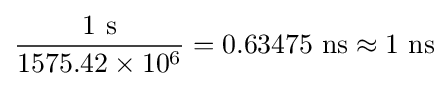
{\frac {1~{\text{s}}}{1575.42\times 10^{6}}}=0.63475~{\text{ns}}\approx 1~{\text{ns}}